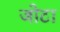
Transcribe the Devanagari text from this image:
जोटा